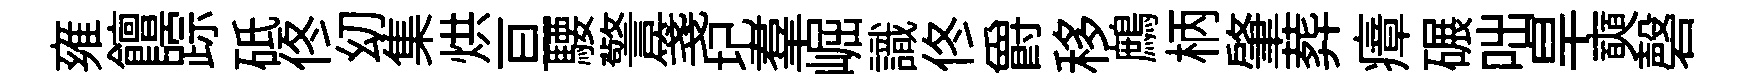
雍饘踪砥佟㓜集烘亘騕警箋圮羣崛識佟爵移鷓柄肇葬瘴碾咄旱奭磬